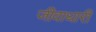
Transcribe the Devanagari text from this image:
जीवाधारी